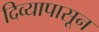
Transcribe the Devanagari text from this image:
दिव्यापासून